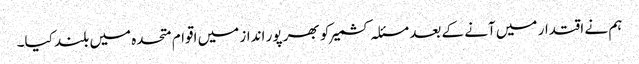
ہم نے اقتدار میں آنے کے بعد مسئلہ کشمیر کو بھر پور انداز میں اقوام متحدہ میں بلند کیا۔